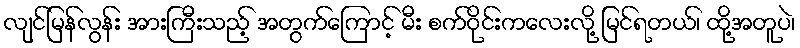
လျင်မြန်လွန်း အားကြီးသည့် အတွက်ကြောင့် မီး စက်ဝိုင်းကလေးလို့ မြင်ရတယ်၊ ထို့အတူပဲ၊